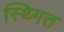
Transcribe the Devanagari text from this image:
स्थ्गित